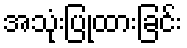
အသုံးပြုထားခြင်း